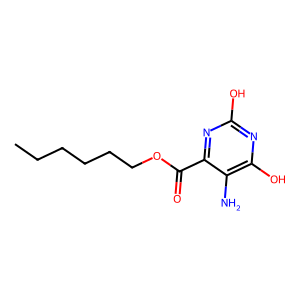
SMILES: CCCCCCOC(=O)c1nc(O)nc(O)c1N
Inhibits HIV replication: No